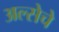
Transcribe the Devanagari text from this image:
अल्सेचे